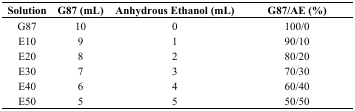
<table><thead><tr><td><b>Solution</b></td><td><b>G87 (mL)</b></td><td><b>Anhydrous Ethanol (mL)</b></td><td><b>G87/AE (%)</b></td></tr></thead><tbody><tr><td>G87</td><td>10</td><td>0</td><td>100/0</td></tr><tr><td>E10</td><td>9</td><td>1</td><td>90/10</td></tr><tr><td>E20</td><td>8</td><td>2</td><td>80/20</td></tr><tr><td>E30</td><td>7</td><td>3</td><td>70/30</td></tr><tr><td>E40</td><td>6</td><td>4</td><td>60/40</td></tr><tr><td>E50</td><td>5</td><td>5</td><td>50/50</td></tr></tbody></table>